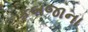
કબજાના